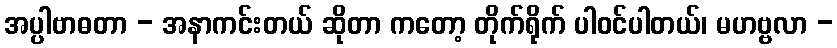
အပ္ပါဗာဓတာ - အနာကင်းတယ် ဆိုတာ ကတော့ တိုက်ရိုက် ပါဝင်ပါတယ်၊ မဟဗ္ဗလာ -